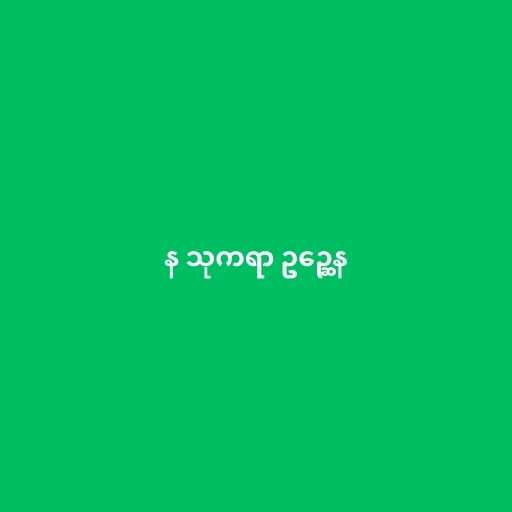
န သုကရာ ဥဉ္ဆေန